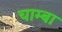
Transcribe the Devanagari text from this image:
चाम्बा